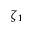
\zeta _ { 1 }